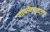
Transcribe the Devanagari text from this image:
गायत्रीपुरश्चरण